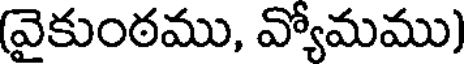
(వైకుంఠము, వ్యోమము)